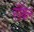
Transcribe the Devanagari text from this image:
रॉकिन